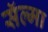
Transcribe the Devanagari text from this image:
सॅल्मा